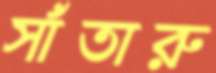
সাঁতারু